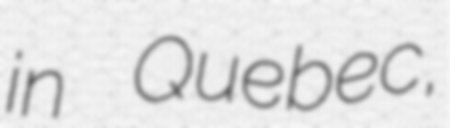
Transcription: in Quebec,